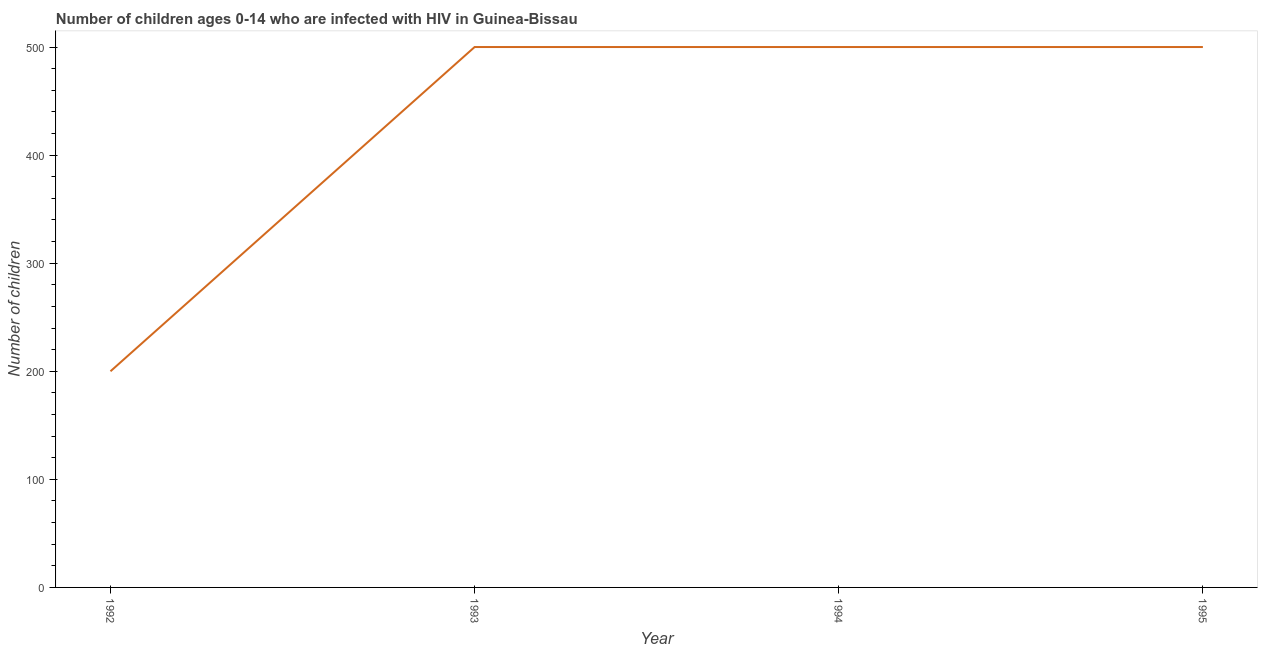
| Year | Children (0-14) living with HIV |
 | --- | --- |
 | 1992 | 200 |
 | 1993 | 500 |
 | 1994 | 500 |
 | 1995 | 500 |